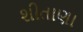
શીતાણા